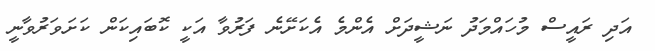
އަދި ރައީސް މުހައްމަދު ނަޝީދަށް އެންމެ އެކަށޭނެ ފަރުވާ އަކީ ކޮބައިކަން ކަަށަވަރުވާނީ